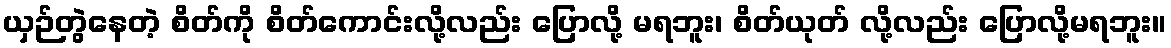
ယှဉ်တွဲနေတဲ့ စိတ်ကို စိတ်ကောင်းလို့လည်း ပြောလို့ မရဘူး၊ စိတ်ယုတ် လို့လည်း ပြောလို့မရဘူး။